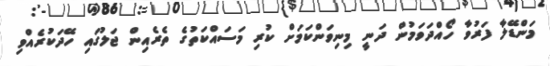
މަންޑޭލާ ފަރުވާ ހޯއްދަވަމުން ދަނީ މިނިވަންކަމަށް ކުރި މަސައްކަތުގެ ތެރެއިން ޖަލުގައި ހޭދަކުރެއްވި